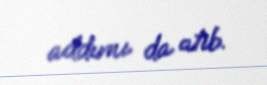
addımı da atıb.